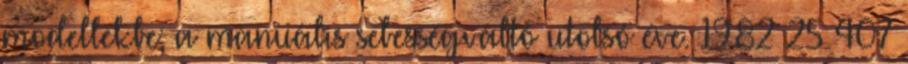
modellekbe; a manuális sebességváltó utolsó éve. 1982 25 407